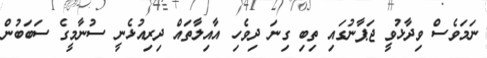
ނަމަވެސް ވިދާޅުވީ ޖަޕާނުގައި ތިބި ގިނަ ދިވެހި އާއިލާތައް ދިރިއުޅެނީ ސުނާމީގެ ސަބަބުން